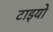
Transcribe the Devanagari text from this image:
टाइयो